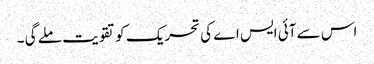
اس سے آئی ایس اے کی تحریک کو تقویت ملے گی ۔